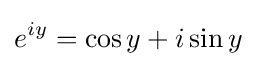
e^{iy}=\cos y+i\sin y